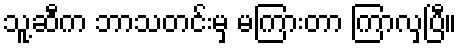
သူ့ဆီက ဘာသတင်းမှ မကြားတာ ကြာလှပြီ။